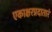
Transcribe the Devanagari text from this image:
एकाक्षरप्रदातारं